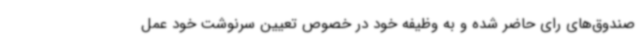
صندوق‌های رای حاضر شده و به وظیفه خود در خصوص تعیین سرنوشت خود عمل